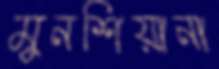
মুনশিয়ানা